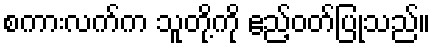
စကားလက်က သူတို့ကို ဧည့်ဝတ်ပြုသည်။